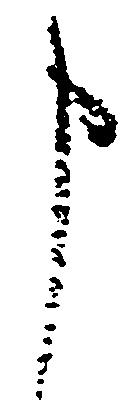
申